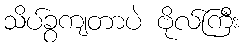
သိပ်ခွကျတာပဲ ဗိုလ်ကြီး